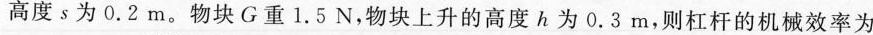
高度s为0.2m。物块G重1.5N，物块上升的高度h为0.3m，则杠杆的机械效率为